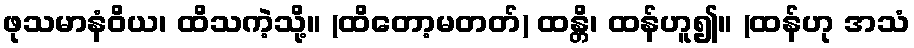
ဖုသမာနံဝိယ၊ ထိသကဲ့သို့။ (ထိတော့မတတ်) ထန္တိ၊ ထန်ဟူ၍။ (ထန်ဟု အသံ